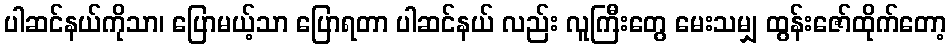
ပါဆင်နယ်ကိုသာ၊ ပြောမယ့်သာ ပြောရတာ ပါဆင်နယ် လည်း လူကြီးတွေ မေးသမျှ ထွန်းဇော်ထိုက်တော့